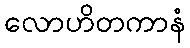
လောဟိတကာနံ